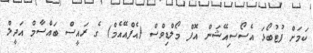
ކަމަށް ފުޓުބޯޅަ އެސޯސިއޭޝަން އޮފް މޯލްޑިވްސް (އެފްއޭއެމް) ގެ ރައީސް ބައްސާމް އަދީލް